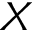
X